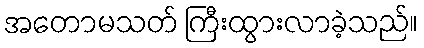
အတောမသတ် ကြီးထွားလာခဲ့သည်။